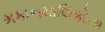
મકાનમાલિકોના